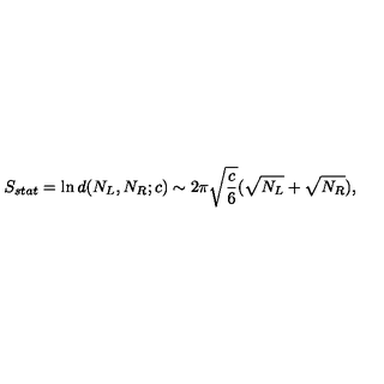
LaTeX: S _ { s t a t } = \ln d ( N _ { L } , N _ { R } ; c ) \sim 2 \pi \sqrt { \frac { c } { 6 } } ( \sqrt { N _ { L } } + \sqrt { N _ { R } } ) ,